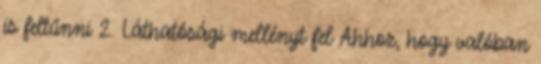
is feltűnni 2. Láthatósági mellényt fel Ahhoz, hogy valóban